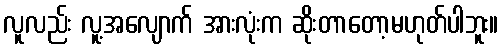
လူလည်း လူ့အလျောက် အားလုံးက ဆိုးတာတော့မဟုတ်ပါဘူး။